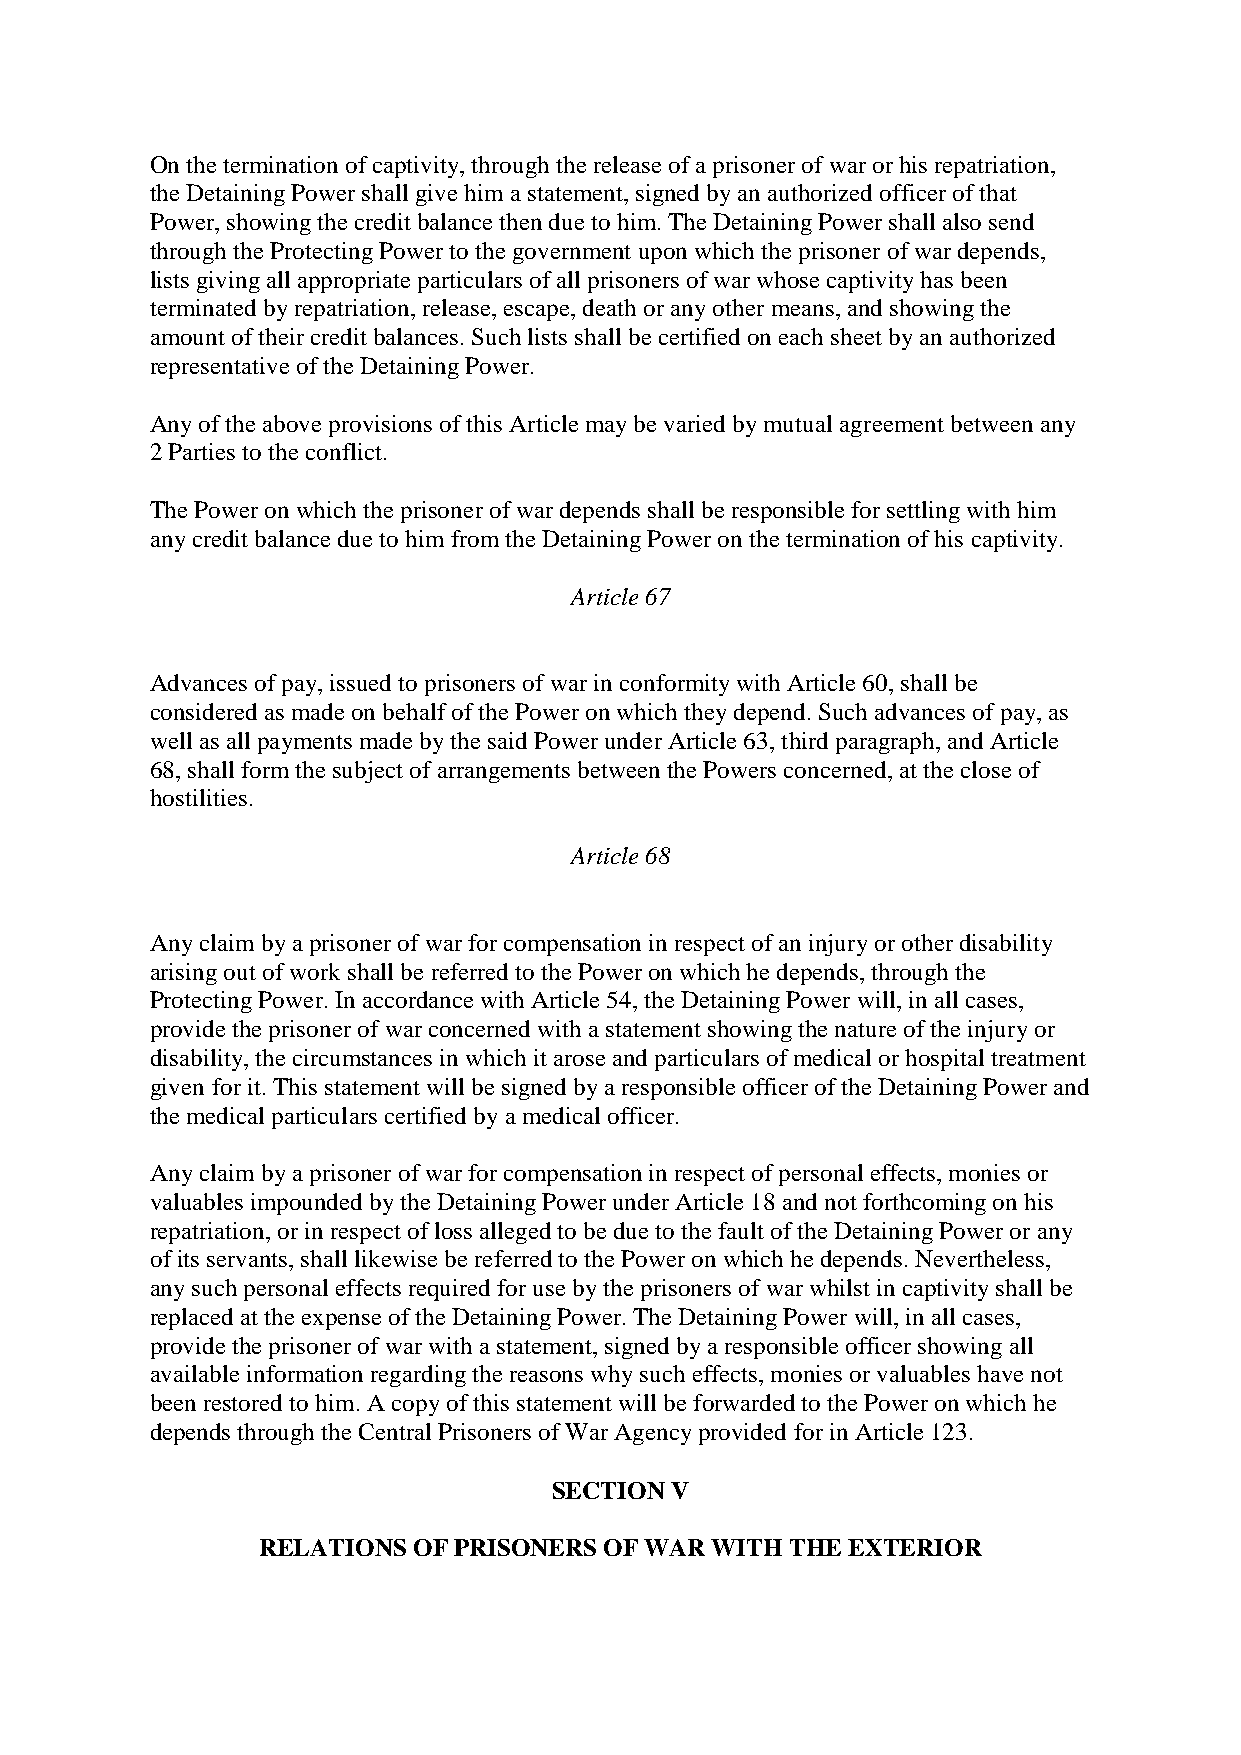
On the termination of captivity, through the release of a prisoner of war or his repatriation,
 the Detaining Power shall give him a statement, signed by an authorized officer of that
 Power, showing the credit balance then due to him. The Detaining Power shall also send
 through the Protecting Power to the government upon which the prisoner of war depends,
 lists giving all appropriate particulars of all prisoners of war whose captivity has been
 terminated by repatriation, release, escape, death or any other means, and showing the
 amount of their credit balances. Such lists shall be certified on each sheet by an authorized
 representative of the Detaining Power.
 Any of the above provisions of this Article may be varied by mutual agreement between any
 2 Parties to the conflict.
 The Power on which the prisoner of war depends shall be responsible for settling with him
 any credit balance due to him from the Detaining Power on the termination of his captivity.
 Article 67
 Advances of pay, issued to prisoners of war in conformity with Article 60, shall be
 considered as made on behalf of the Power on which they depend. Such advances of pay, as
 well as all payments made by the said Power under Article 63, third paragraph, and Article
 68, shall form the subject of arrangements between the Powers concerned, at the close of
 hostilities.
 Article 68
 Any claim by a prisoner of war for compensation in respect of an injury or other disability
 arising out of work shall be referred to the Power on which he depends, through the
 Protecting Power. In accordance with Article 54, the Detaining Power will, in all cases,
 provide the prisoner of war concerned with a statement showing the nature of the injury or
 disability, the circumstances in which it arose and particulars of medical or hospital treatment
 given for it. This statement will be signed by a responsible officer of the Detaining Power and
 the medical particulars certified by a medical officer.
 Any claim by a prisoner of war for compensation in respect of personal effects, monies or
 valuables impounded by the Detaining Power under Article 18 and not forthcoming on his
 repatriation, or in respect of loss alleged to be due to the fault of the Detaining Power or any
 of its servants, shall likewise be referred to the Power on which he depends. Nevertheless,
 any such personal effects required for use by the prisoners of war whilst in captivity shall be
 replaced at the expense of the Detaining Power. The Detaining Power will, in all cases,
 provide the prisoner of war with a statement, signed by a responsible officer showing all
 available information regarding the reasons why such effects, monies or valuables have not
 been restored to him. A copy of this statement will be forwarded to the Power on which he
 depends through the Central Prisoners of War Agency provided for in Article 123.
 SECTION V
 RELATIONS OF PRISONERS OF WAR WITH THE EXTERIOR